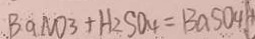
B a N O _ { 3 } + H _ { 2 } S O _ { 4 } = B a S O _ { 4 } \downarrow +